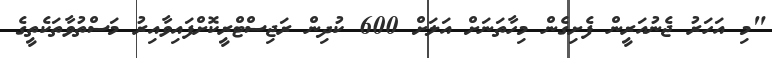
"މި އަހަރު ޖެނުއަރީން ފެށިގެން މިހާތަނަށް އަލަށް 600 ކުދިން ރަޖިސްޓްރީކޮށްފައިވާއިރު މަސްތުވާތަކެތީގެ